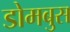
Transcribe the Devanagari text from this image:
डोमबुस